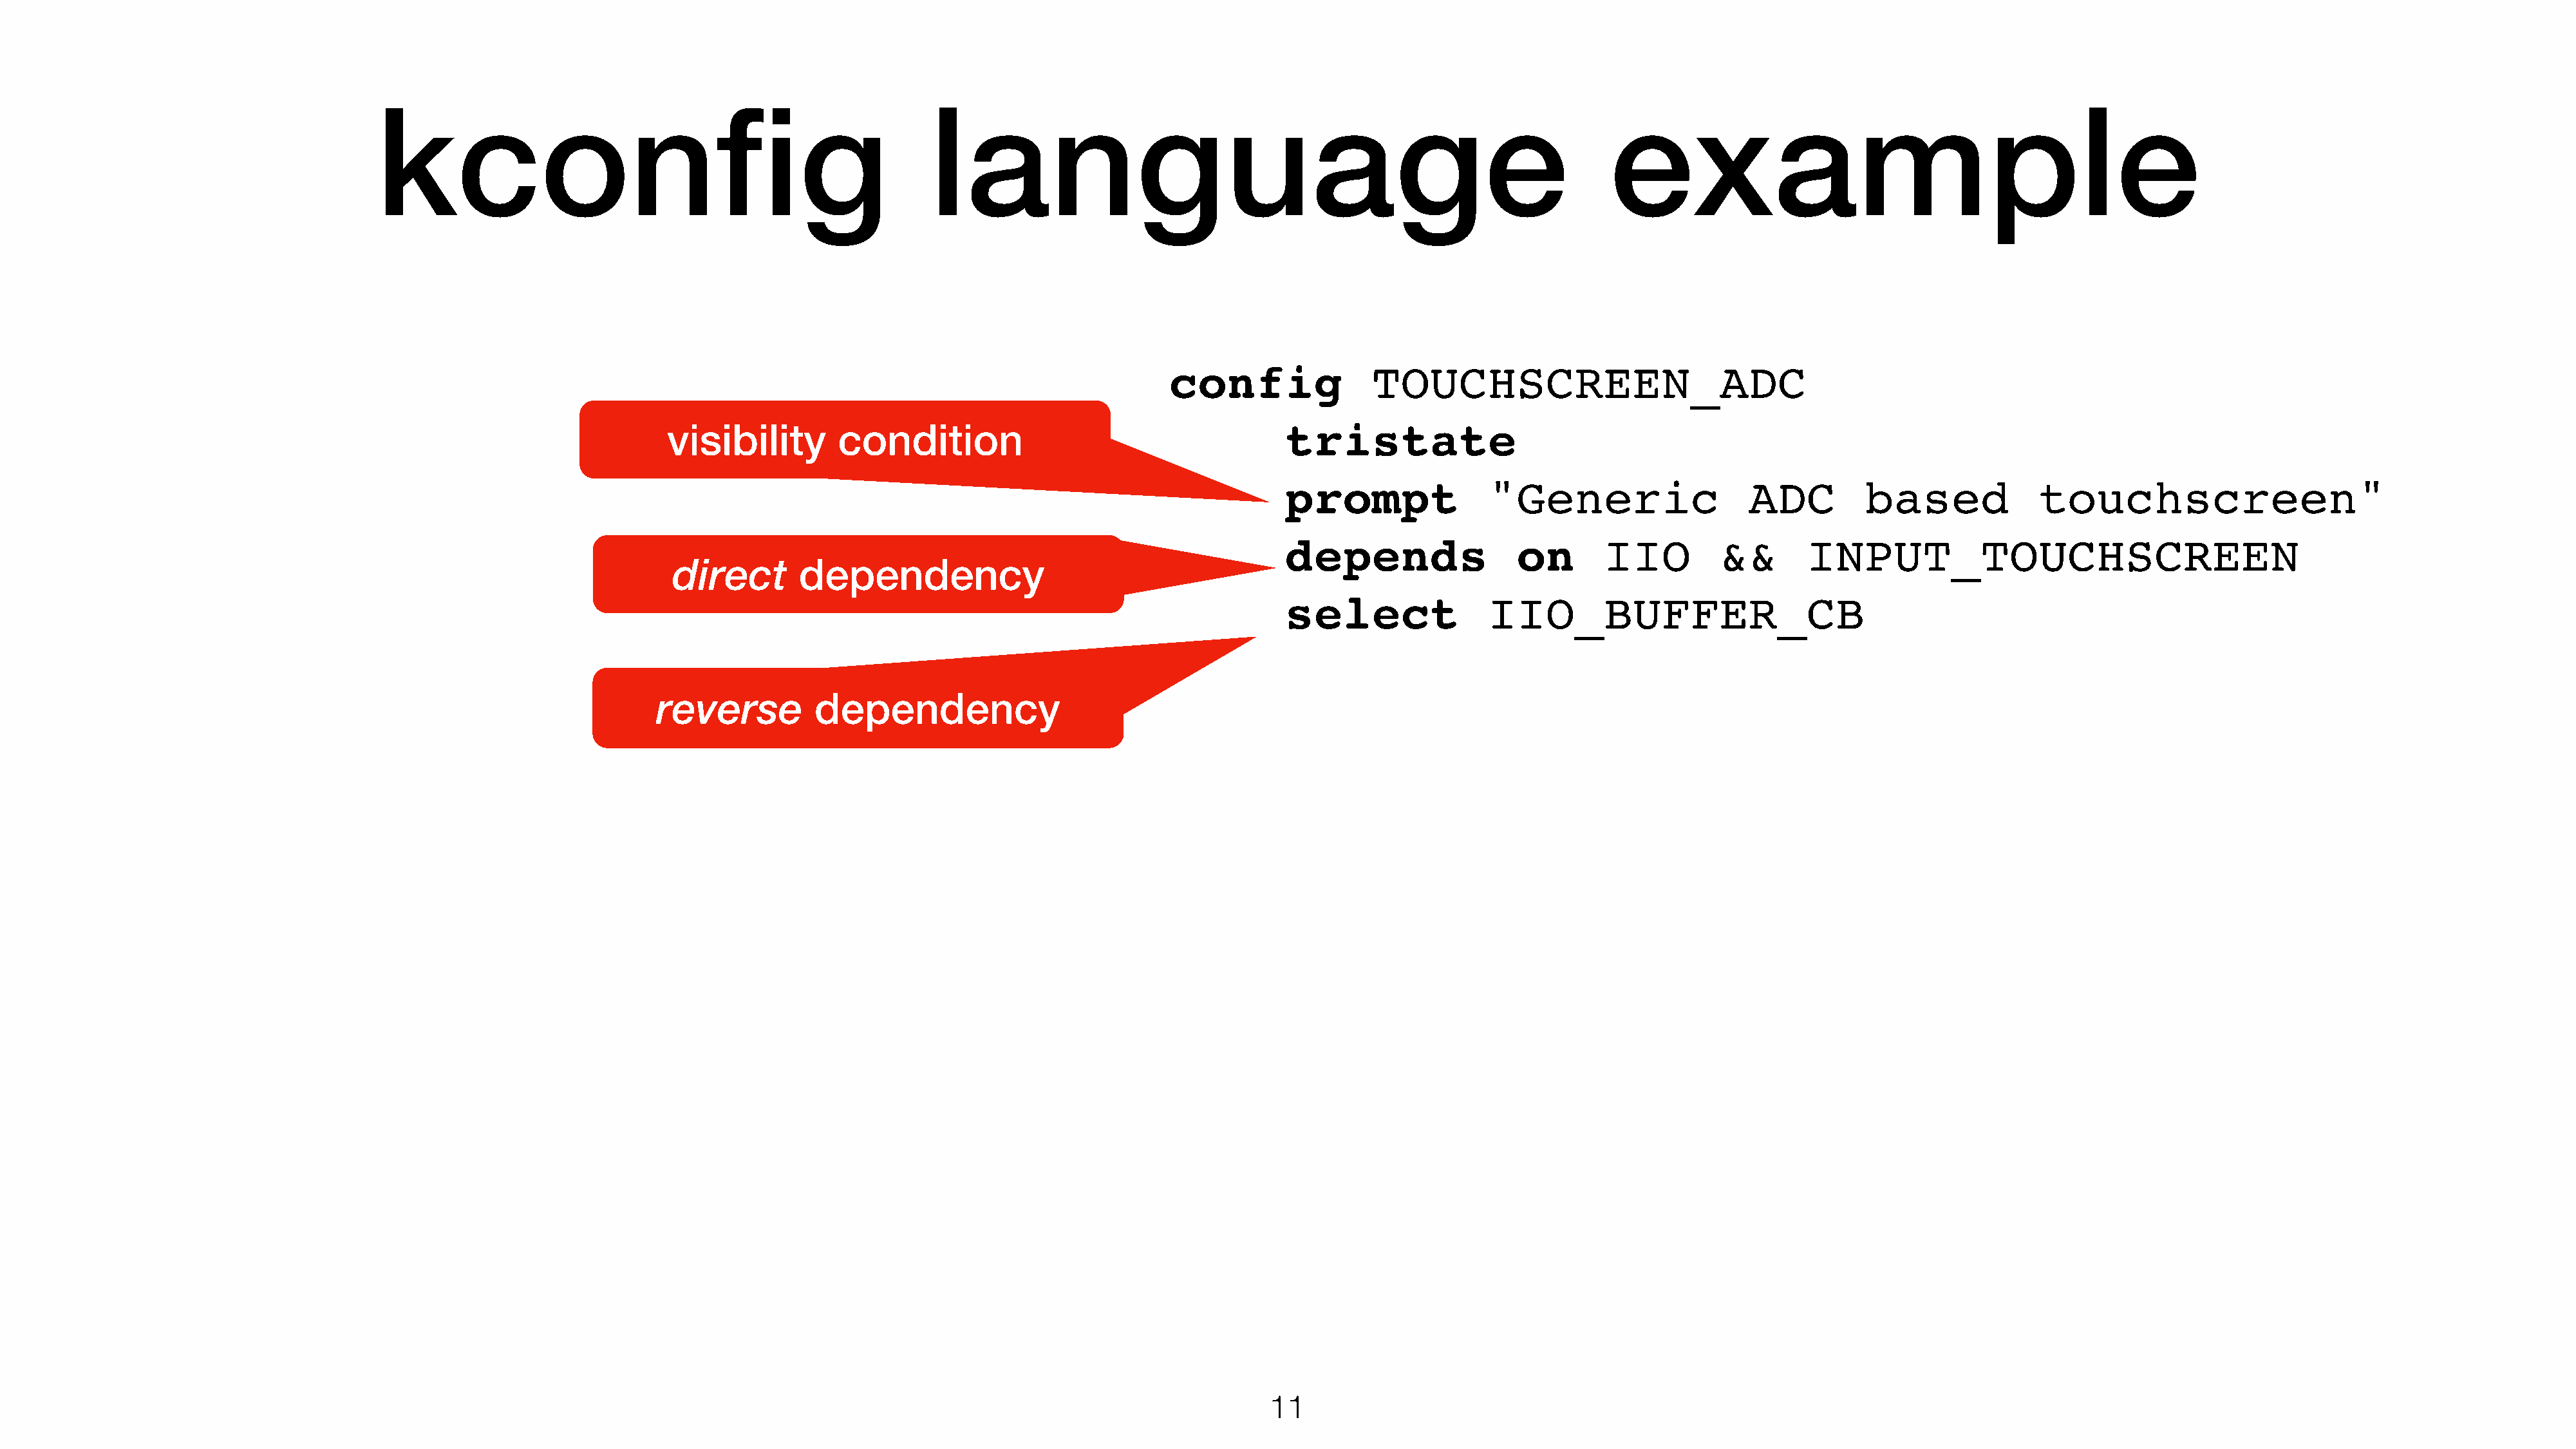
kconfig                                                  language                                                             example
 config               TOUCHSCREEN_ADC
 visibility       condition                                     tristate
 prompt               "Generic                   ADC         based             touchscreen"
 depends                 on       IIO         &&       INPUT_TOUCHSCREEN
 direct       dependency
 select               IIO_BUFFER_CB
 reverse          dependency
 11